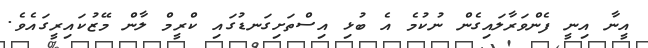
އީނާ އިނީ ފެންވަރާލައިގެން ނުކުމެ އެ ބުޅި އިސްތަށިގަނޑުގައި ކްރީމް ލާން މޭޒުކައިރީގައެވެ.